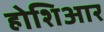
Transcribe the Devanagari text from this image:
होशिआर